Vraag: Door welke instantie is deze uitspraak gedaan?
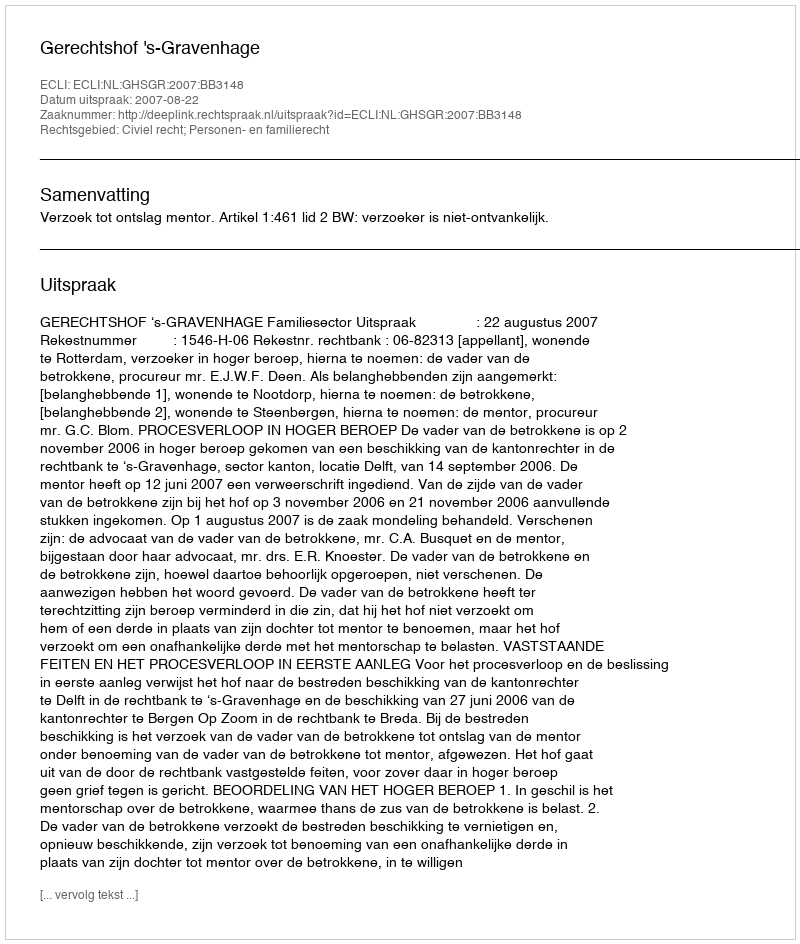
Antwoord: Gerechtshof 's-Gravenhage